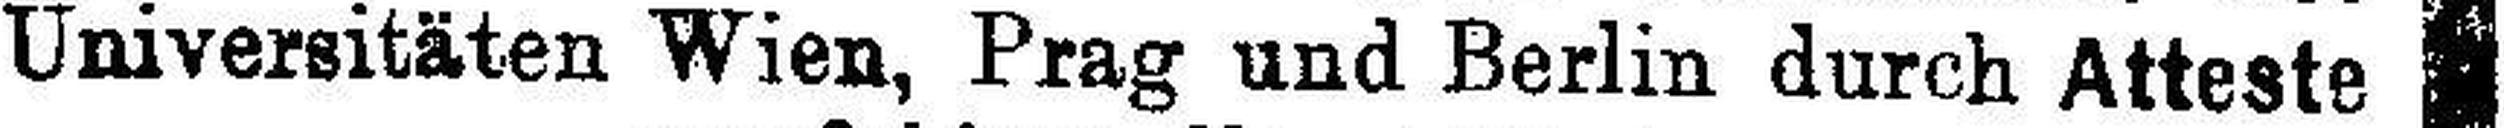
Universitäten Wien, Prag und Berlin durch Atteste